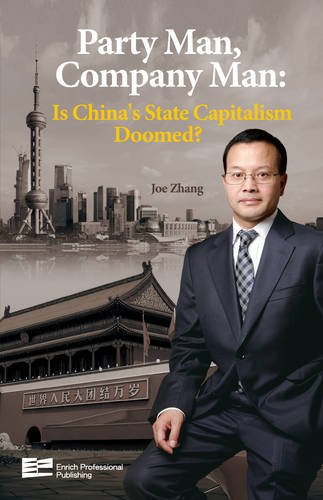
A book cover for Party Man, Company Man: Is China's State Capitalism Doomed? (Hardback); Joe Zhang; Business & Money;